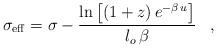
LaTeX: \begin{align*}\sigma_{\rm eff}=\sigma-\frac{{\rm ln}\left[(1+z)\,e^{-\beta\,u}\right]}{l_o\,\beta}\,\,\,\,\,,\,\,\,\,\,\end{align*}